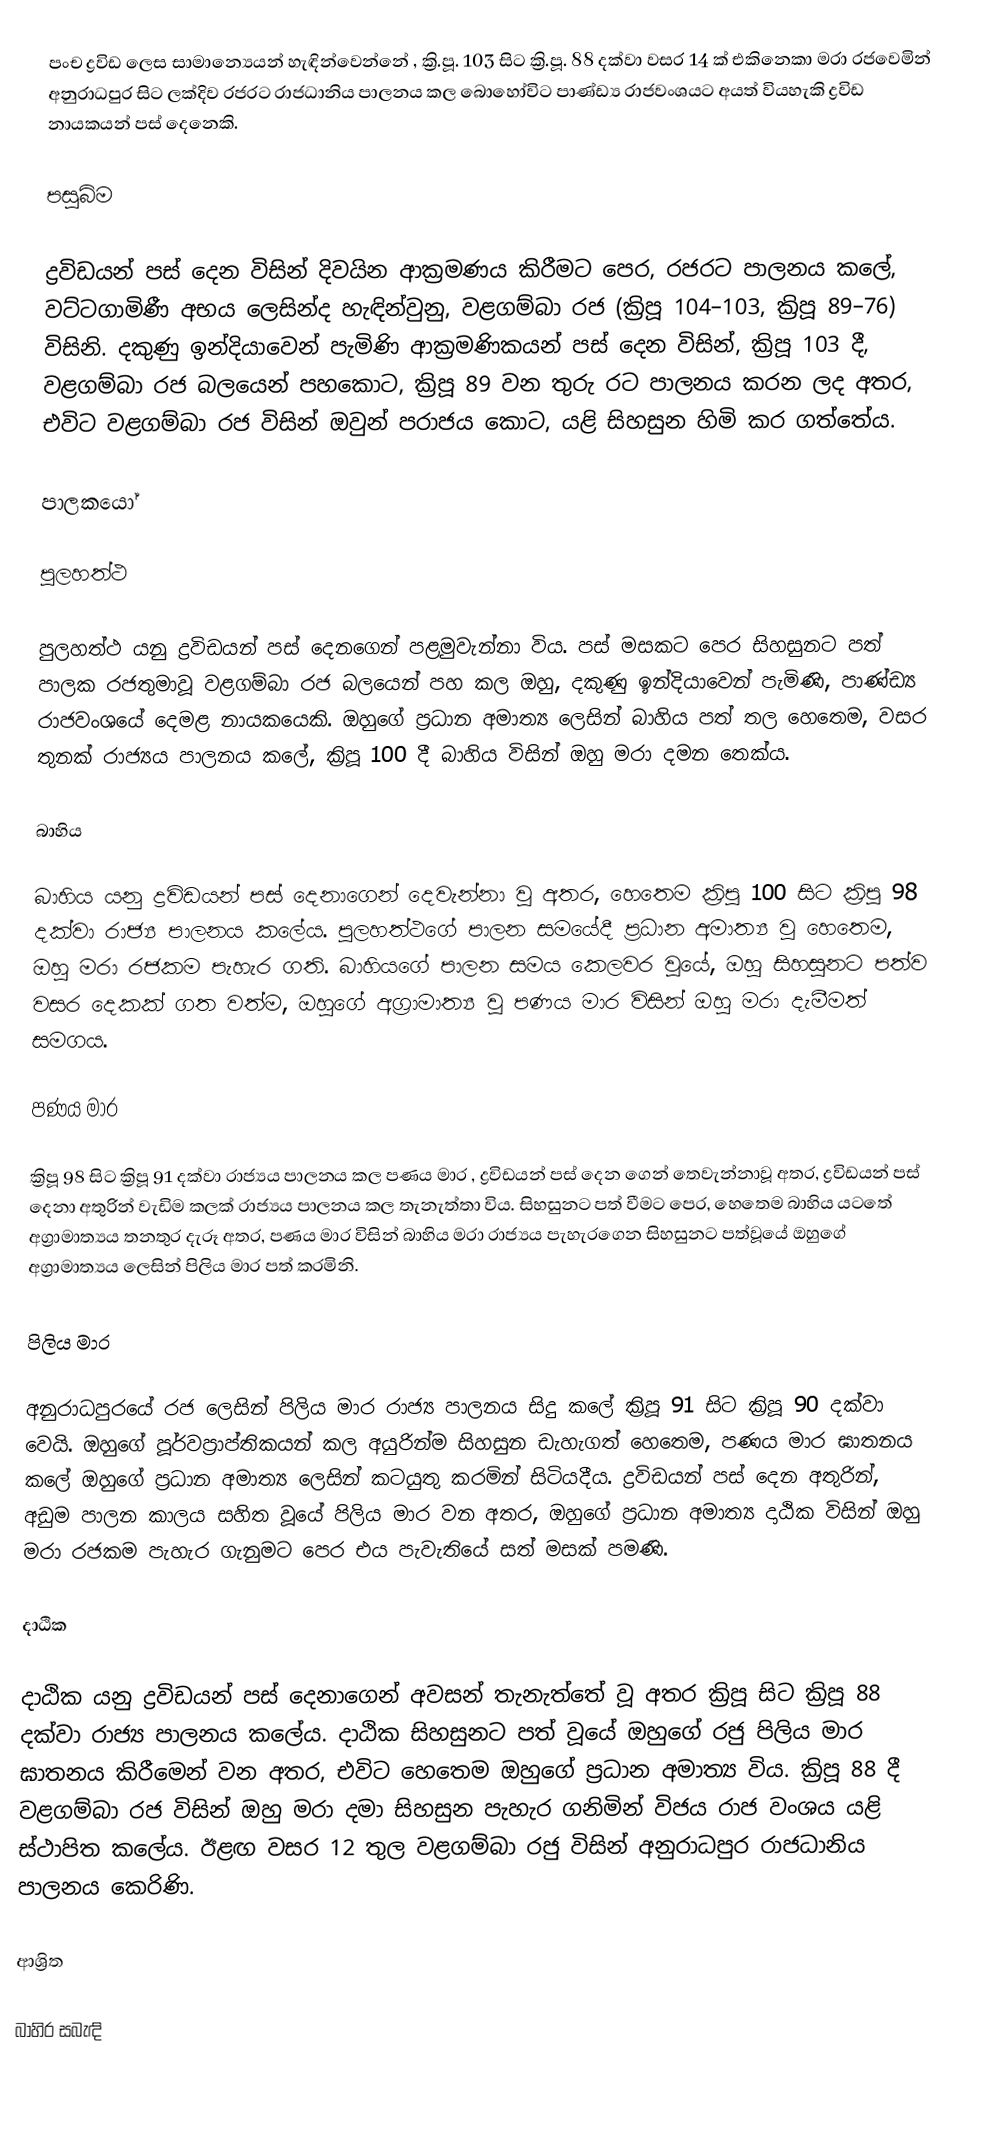
පංච ද්‍රවිඩ ලෙස සාමාන්‍යෙයන් හැඳින්වෙන්නේ ,   ක්‍රි.පූ.  103 සිට ක්‍රි.පූ. 88 දක්වා වසර 14 ක් එකිනෙකා මරා රජවෙමින් අනුරාධපුර  සිට ලක්දිව  රජරට රාජධානිය පාලනය කල බොහෝවිට  පාණ්ඩ්‍ය රාජවංශයට අයත් වියහැකි ද්‍රවිඩ නායකයන් පස් දෙනෙකි.

පසුබිම

ද්‍රවිඩයන් පස් දෙන විසින් දිවයින ආක්‍රමණය කිරීමට පෙර, රජරට පාලනය කලේ, වට්ටගාමිණී අභය ලෙසින්ද හැඳින්වුනු, වළගම්බා රජ (ක්‍රිපූ 104–103, ක්‍රිපූ 89–76) විසිනි. දකුණු ඉන්දියාවෙන් පැමිණි ආක්‍රමණිකයන් පස් දෙන විසින්, ක්‍රිපූ 103 දී, වළගම්බා රජ බලයෙන් පහකොට,   ක්‍රිපූ 89 වන තුරු රට පාලනය කරන ලද අතර, එවිට වළගම්බා රජ විසින් ඔවුන් පරාජය කොට, යළි සිහසුන හිමි කර ගත්තේය.

පාලකයෝ

පුලහත්ථ

පුලහත්ථ යනු ද්‍රවිඩයන් පස් දෙනගෙන් පළමුවැන්නා විය. පස් මසකට පෙර සිහසුනට පත් පාලක රජතුමාවූ වළගම්බා රජ බලයෙන් පහ කල ඔහු, දකුණු ඉන්දියාවෙන් පැමිණි, පාණ්ඩ්‍ය රාජවංශයේ දෙමළ නායකයෙකි.  ඔහුගේ ප්‍රධාන අමාත්‍ය ලෙසින් බාහිය පත් තල හෙතෙම, වසර තුනක් රාජ්‍යය පාලනය කලේ, ක්‍රිපූ 100 දී බාහිය විසින් ඔහු මරා දමන තෙක්ය.

බාහිය

බාහිය යනු ද්‍රවිඩයන් පස් දෙනාගෙන් දෙවැන්නා වූ අතර, හෙතෙම ක්‍රිපූ  100 සිට ක්‍රිපූ 98 දක්වා රාජ්‍ය පාලනය කලේය. පුලහත්ථගේ පාලන සමයේදී ප්‍රධාන අමාත්‍ය වූ හෙතෙම, ඔහු මරා රජකම පැහැර ගති. බාහියගේ පාලන සමය කෙලවර වූයේ, ඔහු සිහසුනට පත්ව වසර දෙකක් ගත වත්ම, ඔහුගේ අග්‍රාමාත්‍ය වූ පණය මාර විසින් ඔහු මරා දැමීමත් සමගය.

පණය මාර

ක්‍රිපූ 98 සිට ක්‍රිපූ 91 දක්වා රාජ්‍යය පාලනය කල   පණය මාර , ද්‍රවිඩයන් පස් දෙන ගෙන් තෙවැන්නාවූ අතර, ද්‍රවිඩයන් පස් දෙනා අතුරින් වැඩිම කලක් රාජ්‍යය පාලනය කල තැනැත්තා විය. සිහසුනට පත් වීමට පෙර, හෙතෙම බාහිය යටතේ අග්‍රාමාත්‍යය තනතුර දැරූ අතර, පණය මාර විසින් බාහිය මරා රාජ්‍යය පැහැරගෙන සිහසුනට පත්වූයේ ඔහුගේ අග්‍රාමාත්‍යය ලෙසින් පිලිය මාර පත් කරමිනි.

පිලිය මාර

අනුරාධපුරයේ රජ ලෙසින්  පිලිය මාර  රාජ්‍ය පාලනය සිදු කලේ ක්‍රිපූ 91 සිට ක්‍රිපූ 90 දක්වා වෙයි. ඔහුගේ පූර්වප්‍රාප්තිකයන් කල අයුරින්ම සිහසුන ඩැහැගත් හෙතෙම, පණය මාර ඝාතනය කලේ ඔහුගේ ප්‍රධාන අමාත්‍ය ලෙසින් කටයුතු කරමින් සිටියදීය. ද්‍රවිඩයන් පස් දෙන අතුරින්, අඩුම පාලන කාලය සහිත වූයේ  පිලිය මාර වන අතර, ඔහුගේ ප්‍රධාන අමාත්‍ය දාඨික විසින් ඔහු මරා රජකම පැහැර ගැනුමට පෙර එය පැවැතියේ සත් මසක් පමණි.

දාඨික

 දාඨික  යනු ද්‍රවිඩයන් පස් දෙනාගෙන් අවසන් තැනැත්තේ වූ අතර ක්‍රිපූ  සිට ක්‍රිපූ 88 දක්වා රාජ්‍ය පාලනය කලේය. දාඨික සිහසුනට පත් වූයේ ඔහුගේ රජු  පිලිය මාර ඝාතනය කිරීමෙන් වන අතර, එවිට හෙතෙම ඔහුගේ ප්‍රධාන අමාත්‍ය විය. ක්‍රිපූ 88 දී  වළගම්බා රජ විසින් ඔහු මරා දමා සිහසුන පැහැර ගනිමින් විජය රාජ වංශය යළි ස්ථාපිත කලේය. ඊළඟ වසර 12 තුල වළගම්බා රජු විසින් අනුරාධපුර රාජධානිය පාලනය කෙරිණි.

ආශ්‍රිත

බාහිර සබැඳි